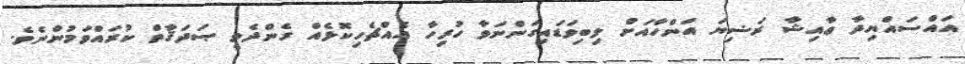
އައްސައްޔިދާ ޢާއިޝާ ރަޟިޔަ އަންހާއަށް ލިބިވަޑައިގަންނަވާ ހުރިހާ އެއްޗެހިކޮޅެއް ގެންދެވީ ޞަދަޤާތް ކުރައްވަމުންނެވެ.